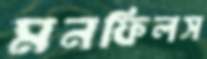
মনফিলস